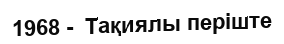
1968 -  Тақиялы періште